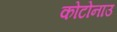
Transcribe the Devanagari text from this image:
कोटोनाउ